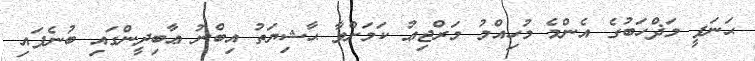
ޙަނަފީ މަޛްހަބުގެ އެންމެ މުހިއްމު މަރްޖިޢު ކަމަށްވާ ޙާޝިޔަތު އިބްނު ޢާބިދީންގައި ބުނެފައި